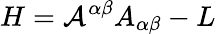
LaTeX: H={\cal{A}}^{\alpha\beta}A_{\alpha\beta}-L